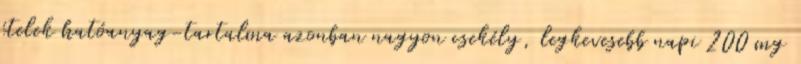
ételek hatóanyag-tartalma azonban nagyon csekély, legkevesebb napi 200 mg